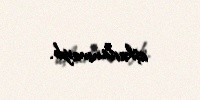
aşkarlanmayıb.